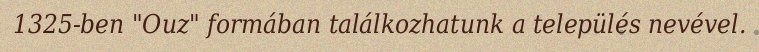
1325-ben "Ouz" formában találkozhatunk a település nevével.